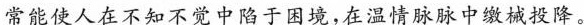
常能使人在不知不觉中陷于困境，在温情脉脉中缴械投降。